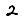
Digit: 2